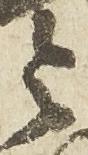
令